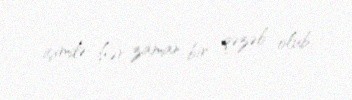
içimdə hər zaman bir qəzəb olub.